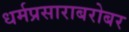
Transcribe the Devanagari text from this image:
धर्मप्रसाराबरोबर